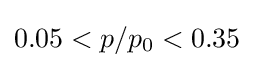
0.05<{p}/{p_{0}}<0.35